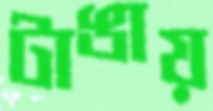
টাঙায়